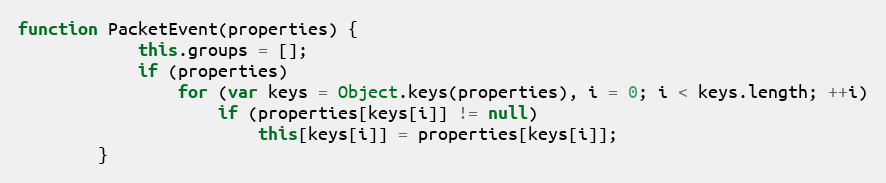
Language: JavaScript
function PacketEvent(properties) {
			this.groups = [];
			if (properties)
				for (var keys = Object.keys(properties), i = 0; i < keys.length; ++i)
					if (properties[keys[i]] != null)
						this[keys[i]] = properties[keys[i]];
		}